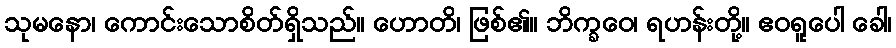
သုမနော၊ ကောင်းသောစိတ်ရှိသည်။ ဟောတိ၊ ဖြစ်၏။ ဘိက္ခဝေ၊ ရဟန်းတို့။ ဧဝရူပေါ ခေါ၊